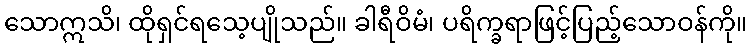
သောဣသိ၊ ထိုရှင်ရသေ့ပျိုသည်။ ခါရီဝိမံ၊ ပရိက္ခရာဖြင့်ပြည့်သောဝန်ကို။